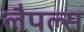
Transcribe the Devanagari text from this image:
लैपल्स